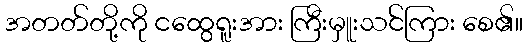
အတတ်တို့ကို ငထွေရူးအား ကြီးမှူးသင်ကြား စေ၏။